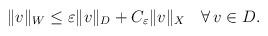
LaTeX: \begin{align*}\begin{aligned}\|v\|_{W}\le \varepsilon \|v\|_{D}+C_\varepsilon \|v\|_{X} \quad\forall\, v\in D .\end{aligned}\end{align*}